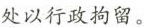
处以行政拘留。